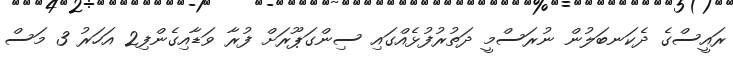
ރައީސްގެ ދެކަނބަލުން ނުރަސްމީ ދަތުރުފުޅެއްގައި ސިންގަޕޫރަށް ފުރާ ވަޑާއިގެންފި2 އަހަރު 3 މަސް